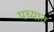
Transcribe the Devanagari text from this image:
पच्यात